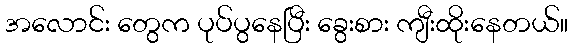
အလောင်း တွေက ပုပ်ပွနေပြီး ခွေးစား ကျီးထိုးနေတယ်။